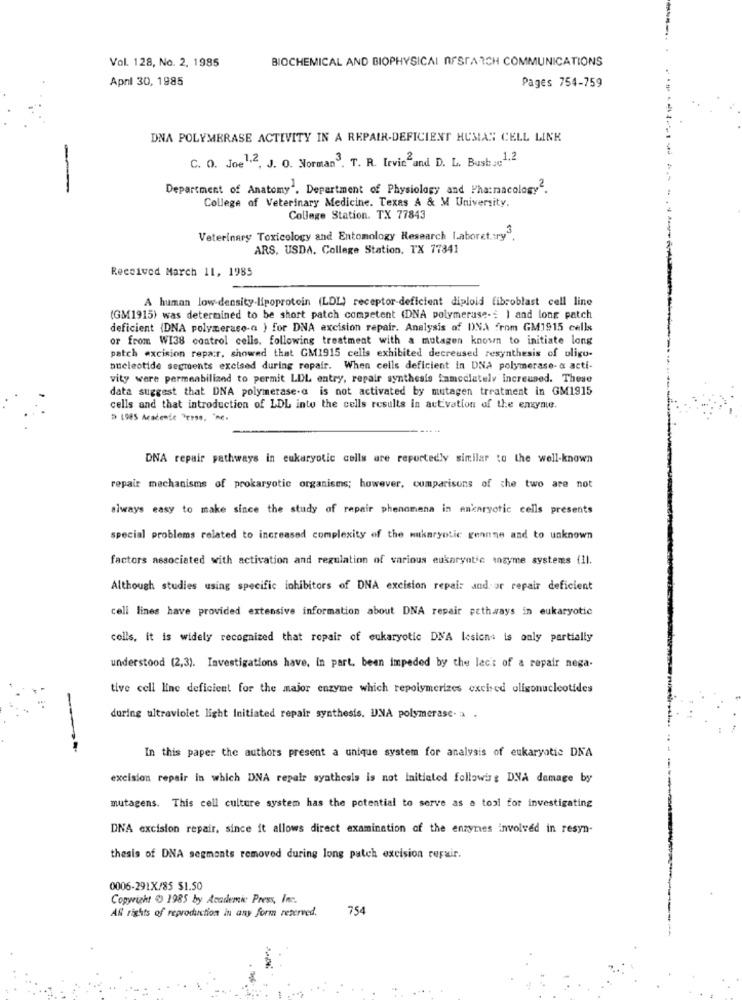
Vol. 128, No. 2. 1985
BIOCHEMICAL AND BIOPHYSICAL NFSTARCH COMMUNICATIONS
April 30, 1985
Pages 754-759
DNA POLYMERASE ACTIVITY IN A REPAIR-DEFICIENT HUMAS CELL LINK
C. O. Joe1,2, J. O. Norman". T. R. Irvin and D. L. Bushse1,2
-
Department of Anatomy". Department of Physiology and Pharmacology".
College of Veterinary Medicine. Texas A & M University.
College Station, TX 77843
Veterinary Toxicology and Entomology Research Laboret :ry3.
ARS, USDA. College Station, TX 77341
Received March 11, 1985
A human low-density-lipoprotein (LDL) receptor-deficient diploid fibroblast cell line
(GM1915) was determined to be short patch competent (DNA polymeruse -= ) and long patch
deficient (DNA polymerase-a ) for DNA excision repair. Analysis of DNA from GM1915 cells
or from WI38 control cells. following treatment with a mutagen known to initiate long
patch excision repar, showed that GM1915 cells exhibited decreused resynthesis of oligo-
nucleotide segments excised during repair. When cells deficient in DNA polymerase- a acti-
vity were permeabilized to permit LDL entry, repair synthesis famcclately increused. These
data suggest that DNA polymerase-a is not activated by mutagen treatment in GM1915
cells and that introduction of LDL into the cells results in activation of the enzyme.
DNA repair pathways in eukaryotic cells are reportedly similar to the well-known
repair mechanisms of prokaryotic organisms; however, comparisons of the two are not
always easy to make since the study of repair phenomena in ankaryotic cells presents
special problems related to increased complexity of the mukaryotic geanne and to unknown
factors associated with activation and regulation of various eukaryotic enzyme systems (11.
Although studies using specific inhibitors of DNA excision repair and or repair deficient
cell lines have provided extensive information about DNA repair pathways in eukaryotic
cells, it is widely recognized that repair of eukaryotic DNA Icsicna is only partially
understood (2,3). Investigations have, In part, been impeded by the lac's of a repair nega-
tive cell line deficient for the major enzyme which repolymerizes excised olisonucleotides
during ultraviolet light Initiated repair synthesis. UNA polymerase- a .
In this paper the authors present a unique system for analysis of eukaryotic DNA
excision repair in which DNA repair synthesis is not Initiated following DNA damage by
mutagens. This cell culture system has the potential to serve as a tool for investigating
DNA excision repair, since it allows direct examination of the enzymes involved in resyn-
thesis of DNA segments removed during long patch excision repair.
0006-291X/85 $1.50
Copyright €) 1985 by Academic Press, Inc.
All rights of reproduction in any form reserved.
754